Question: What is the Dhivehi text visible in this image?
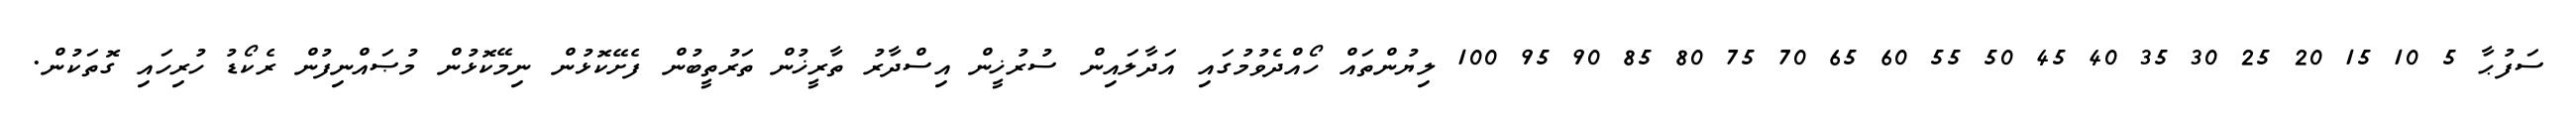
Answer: ސަފުޙާ 5 10 15 20 25 30 35 40 45 50 55 60 65 70 75 80 85 90 95 100 ލިޔުންތައް ހޯއްދެވުމުގައި އަދާލައިން ސުރުޚީން އިސްދާރު ތާރީޚުން ތަރުތީބުން ފެށޭކޮޅުން ނިމޭކޮޅުން މުޞައްނިފުން ރެކޯޑު ހުރިހައި ގޮތަކުން.